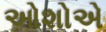
ઓશોએ